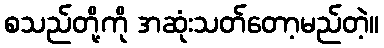
စသည်တို့ကို အဆုံးသတ်တော့မည်တဲ့။